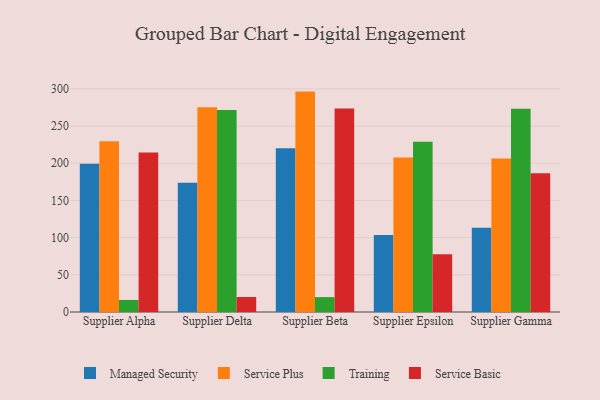
{"axis": {"x": "Supplier", "y": "Conversion Rate (%)"}, "legend": ["Managed Security", "Service Basic", "Service Plus", "Training"], "data": [{"x": "Supplier Alpha", "y": 199.3, "type": "Managed Security"}, {"x": "Supplier Alpha", "y": 229.4, "type": "Service Plus"}, {"x": "Supplier Alpha", "y": 16.2, "type": "Training"}, {"x": "Supplier Alpha", "y": 214.3, "type": "Service Basic"}, {"x": "Supplier Delta", "y": 173.9, "type": "Managed Security"}, {"x": "Supplier Delta", "y": 275.3, "type": "Service Plus"}, {"x": "Supplier Delta", "y": 271.5, "type": "Training"}, {"x": "Supplier Delta", "y": 20.2, "type": "Service Basic"}, {"x": "Supplier Beta", "y": 220.3, "type": "Managed Security"}, {"x": "Supplier Beta", "y": 296.3, "type": "Service Plus"}, {"x": "Supplier Beta", "y": 20.0, "type": "Training"}, {"x": "Supplier Beta", "y": 273.5, "type": "Service Basic"}, {"x": "Supplier Epsilon", "y": 103.4, "type": "Managed Security"}, {"x": "Supplier Epsilon", "y": 207.6, "type": "Service Plus"}, {"x": "Supplier Epsilon", "y": 228.9, "type": "Training"}, {"x": "Supplier Epsilon", "y": 77.6, "type": "Service Basic"}, {"x": "Supplier Gamma", "y": 113.3, "type": "Managed Security"}, {"x": "Supplier Gamma", "y": 206.2, "type": "Service Plus"}, {"x": "Supplier Gamma", "y": 273.1, "type": "Training"}, {"x": "Supplier Gamma", "y": 186.6, "type": "Service Basic"}]}